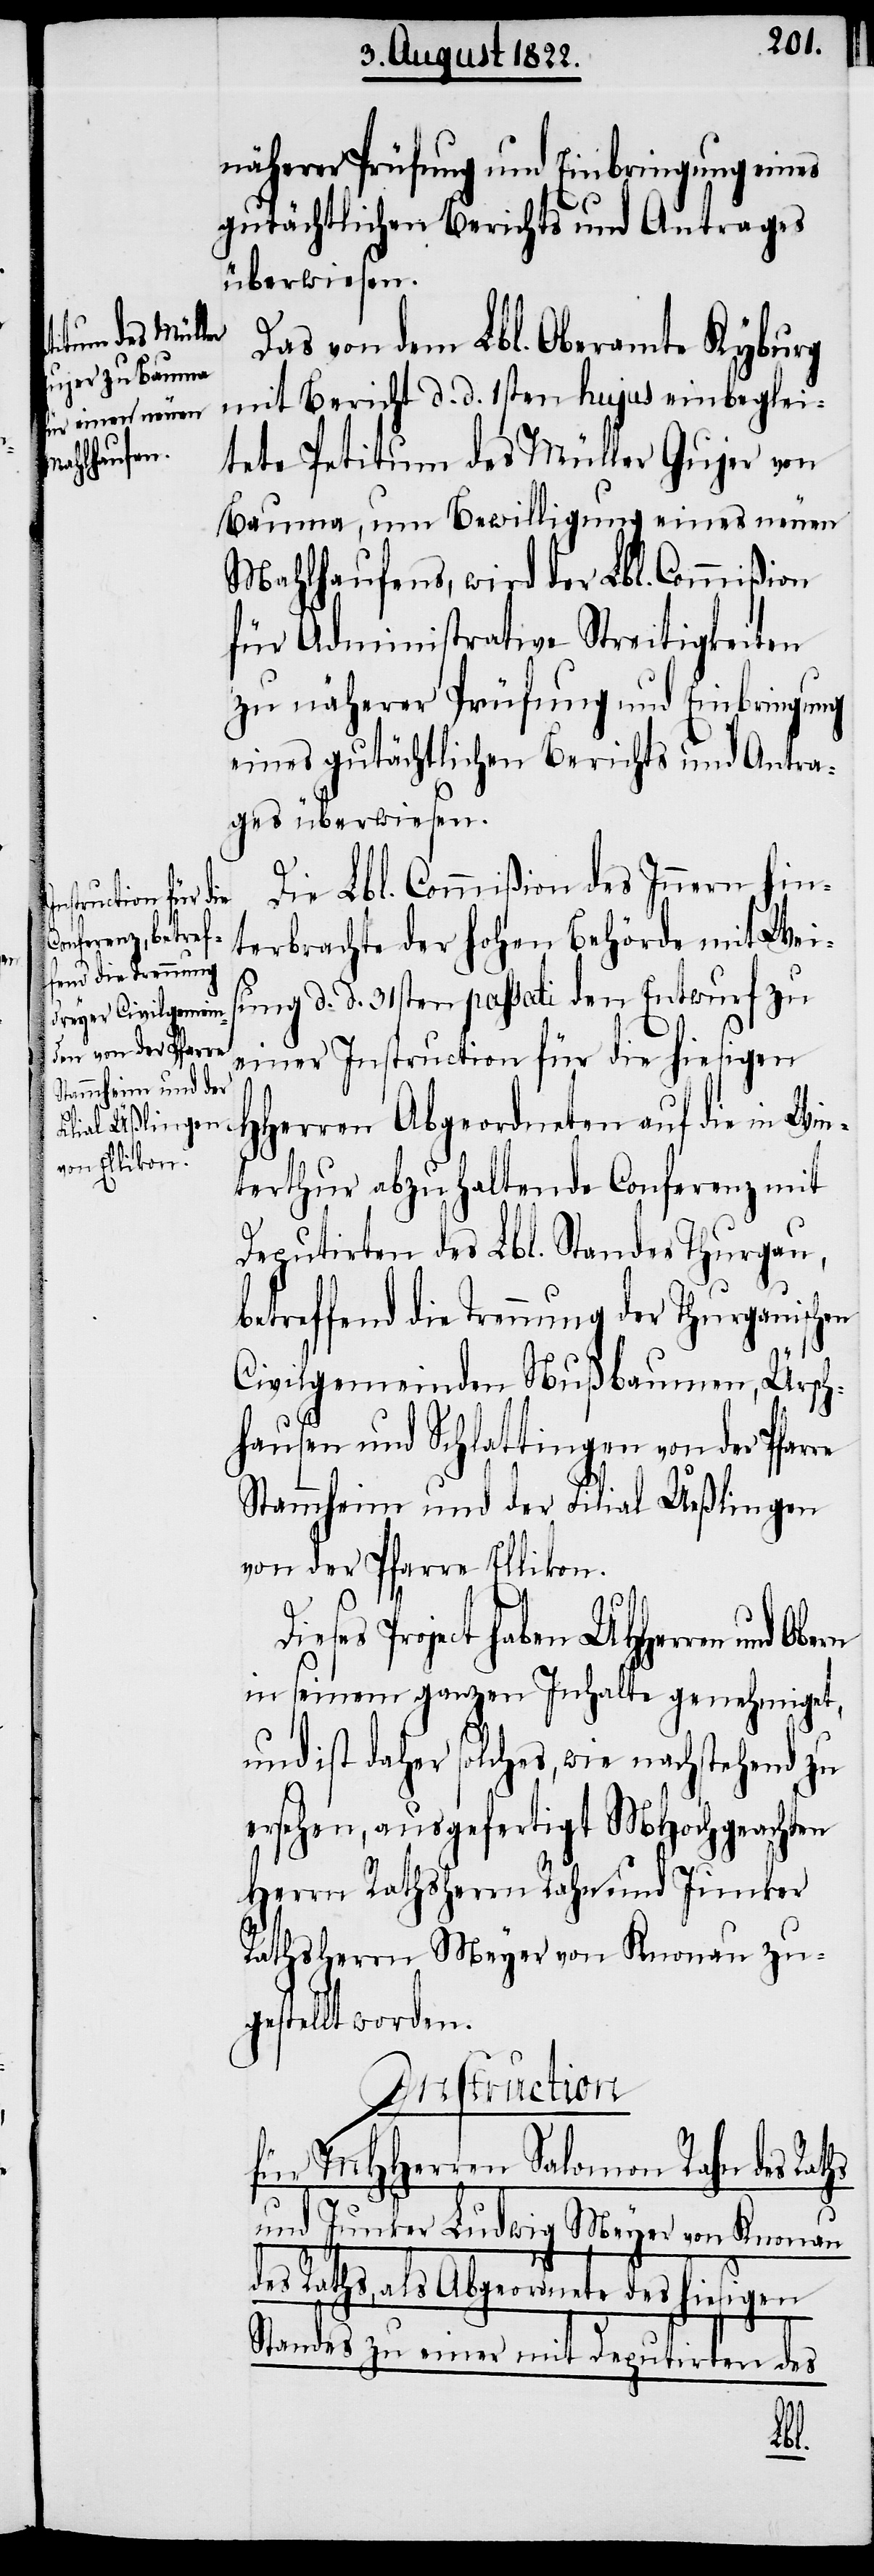
näherer Prüfung und Einbringung eines
gutächtlichen Berichts und Antrages
überwiesen.
Das von dem Lbl. Oberamte Kyburg
mit Bericht d. d. 1sten hujus einbeglei¬
tete Petitum des Müller Gujer von
Bauma, um Bewilligung eines neuen
Mahlhaufens, wird der Lbl. Commißion
für Administrative Streitigkeiten
zu näherer Prüfung und Einbringung
eines gutächtlichen Berichts und Antra¬
ges überwiesen.
Die Lbl. Commißion des Innern hin¬
terbrachte der Hohen Behörde mit Weis¬
ffend die Trennung
ung d. d. 31sten passati den Entwurf zu
einer Instruction für die hiesigen
HHerren Abgeordneten auf die in Win¬
terthur abzuhaltende Conferenz mit
Deputirten des Lbl. Standes Thurgau,
Civilgemeinden Nußbaumen, Ürsch¬
hausen und Schlattingen von der Pfar¬
Stammheim und der Filial Ueßlingen
von der Pfarre Ellikon.
hs
ses Project haben UHHerrn und
in seinem ganzen Inhalte genehmiget,
und ist daher solches, wie nachstehend zu
ersehen, ausgefertiget MHochgeachten
Herrn Rathsherrn Rahn und Junker
Rathsherrn Meyer von Knonau zu¬
gestellt worden.
Instruction
für MHHerrn Salomon Rahn des Rat¬
und Junker Meyer von Knonau
des Raths, als Abgeordnete des hiesigen
Standes zu einer mit Deputirten des
Die¬